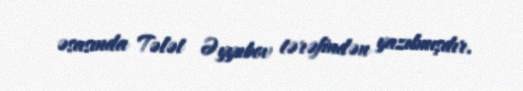
əsasında Tələt Əyyubov tərəfindən yazılmışdır.